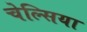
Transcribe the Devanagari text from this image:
चेल्‍सिया